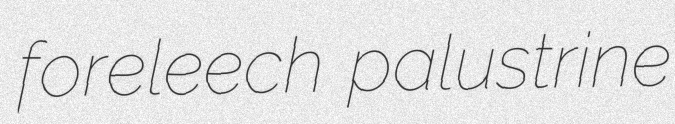
foreleech palustrine